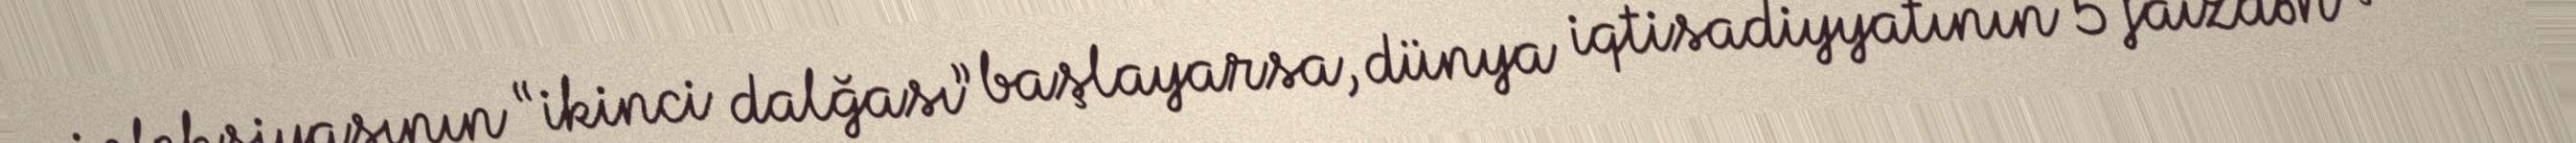
infeksiyasının “ikinci dalğası” başlayarsa, dünya iqtisadiyyatının 5 faizdən çox